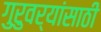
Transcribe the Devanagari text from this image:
गुरुवर्यांसाठी